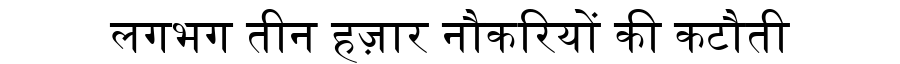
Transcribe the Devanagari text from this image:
लगभग तीन हज़ार नौकरियों की कटौती